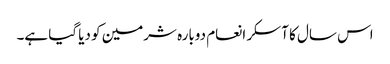
اس سال کا آسکر انعام دوبارہ شرمین کو دیا گیا ہے۔